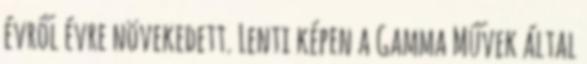
évről évre növekedett. Lenti képen a Gamma Művek által